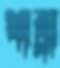
খাব্‌লা